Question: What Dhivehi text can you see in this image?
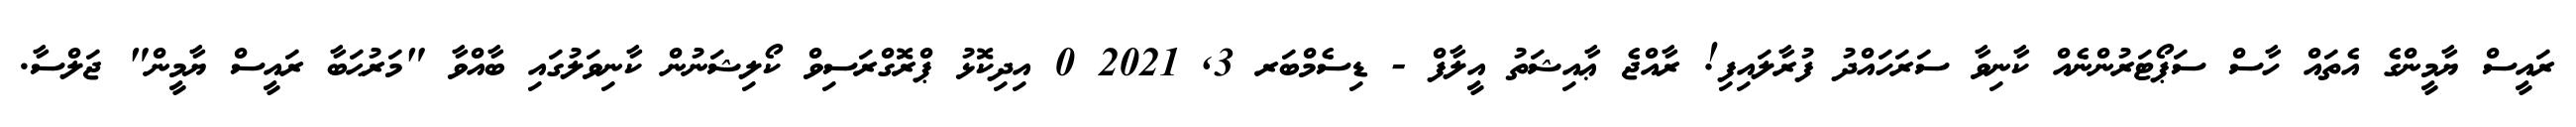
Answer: ރައީސް ޔާމީންގެ އެތައް ހާސް ސަޕޯޓަރުންނެއް ކާނިވާ ސަރަހައްދު ފުރާލައިފި! ރާއްޖެ ޢާއިޝަތު އީލާފް - ޑިސެމްބަރ 3, 2021 0 އިދިކޮޅު ޕްރޮގްރަސިވް ކޯލިޝަނުން ކާނިވަލުގައި ބާއްވާ "މަރުޙަބާ ރައީސް ޔާމީން" ޖަލްސާ.